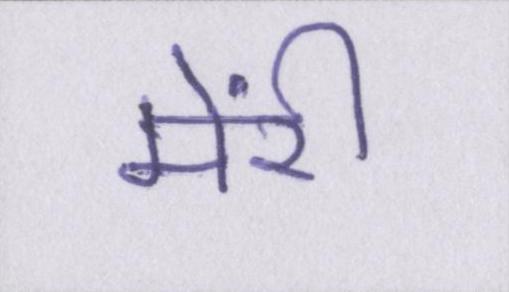
मेंरी